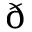
\eth